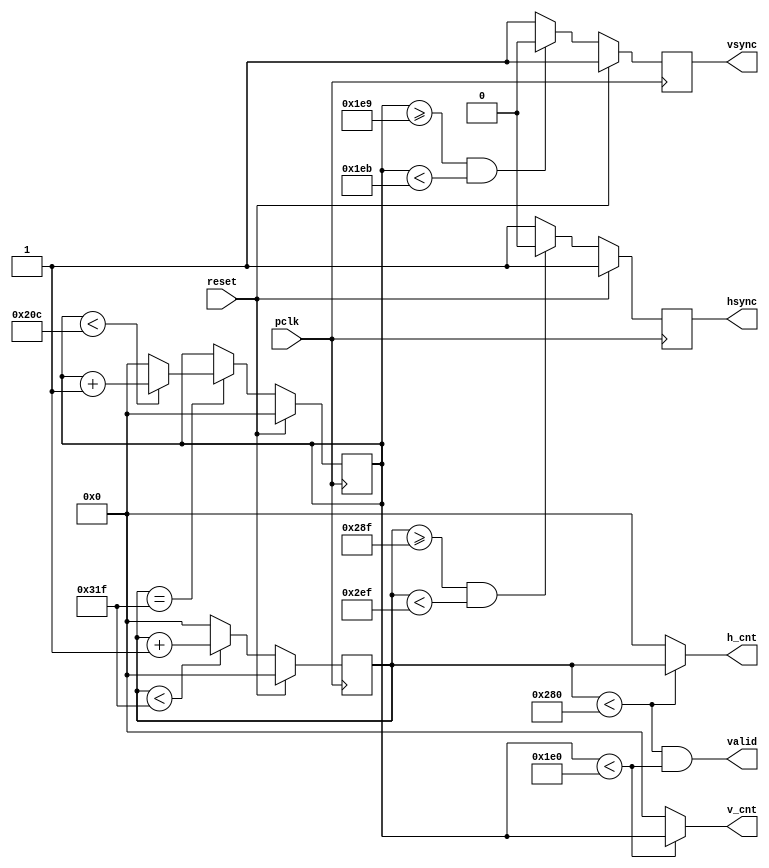
`timescale 1ns / 1ps
//////////////////////////////////////////////////////////////////////////////////
// Company: 
// Engineer: 
// 
// Design Name: 
// Module Name: vga_controller
// Project Name: 
// Target Devices: 
// Tool Versions: 
// Description: 
// 
// Dependencies: 
// 
// Revision:
// Revision 0.01 - File Created
// Additional Comments:
// 
//////////////////////////////////////////////////////////////////////////////////


module vga_controller 
  (
    input wire pclk,reset,
    output wire hsync,vsync,valid,
    output wire [9:0]h_cnt,
    output wire [9:0]v_cnt
    );
    
    reg [9:0]pixel_cnt;
    reg [9:0]line_cnt;
    reg hsync_i,vsync_i;
    wire hsync_default, vsync_default;
    wire [9:0] HD, HF, HS, HB, HT, VD, VF, VS, VB, VT;

   
    assign HD = 640;
    assign HF = 16;
    assign HS = 96;
    assign HB = 48;
    assign HT = 800; 
    assign VD = 480;
    assign VF = 10;
    assign VS = 2;
    assign VB = 33;
    assign VT = 525;
    assign hsync_default = 1'b1;
    assign vsync_default = 1'b1;
     
    always@(posedge pclk)
        if(reset)
            pixel_cnt <= 0;
        else if(pixel_cnt < (HT - 1))
                pixel_cnt <= pixel_cnt + 1;
             else
                pixel_cnt <= 0;

    always@(posedge pclk)
        if(reset)
            hsync_i <= hsync_default;
        else if((pixel_cnt >= (HD + HF - 1))&&(pixel_cnt < (HD + HF + HS - 1)))
                hsync_i <= ~hsync_default;
            else
                hsync_i <= hsync_default; 
    
    always@(posedge pclk)
        if(reset)
            line_cnt <= 0;
        else if(pixel_cnt == (HT -1))
                if(line_cnt < (VT - 1))
                    line_cnt <= line_cnt + 1;
                else
                    line_cnt <= 0;
                    
    always@(posedge pclk)
        if(reset)
            vsync_i <= vsync_default; 
        else if((line_cnt >= (VD + VF - 1))&&(line_cnt < (VD + VF + VS - 1)))
            vsync_i <= ~vsync_default; 
        else
            vsync_i <= vsync_default; 
                    
    assign hsync = hsync_i;
    assign vsync = vsync_i;
    assign valid = ((pixel_cnt < HD) && (line_cnt < VD));
    
    assign h_cnt = (pixel_cnt < HD) ? pixel_cnt:10'd0;
    assign v_cnt = (line_cnt < VD) ? line_cnt:10'd0;
           
endmodule